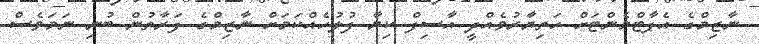
ނާޒިމްގެ އެޕާޓްމެންޓަށް ހަތިޔާރުވެއްދީ އާސިފް ކިޔާ ފުލުހެއްކަމަށް ނާޒިމްގެ ފަރާތުން ބުނި ނަމަވެސް